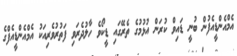
އެމްއެންޑީއެފުން ބުނީ ޑައިވް ކުރަން އުޅުމުގެ ތެރޭގައި ޑީކޯވެ ހާލުދެރަވި ފަތުރުވެރިއަކު އެމްއެންޑީއެފްގެ